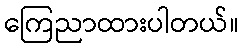
ကြေညာထားပါတယ်။